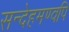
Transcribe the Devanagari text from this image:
सन्देहमण्वपि